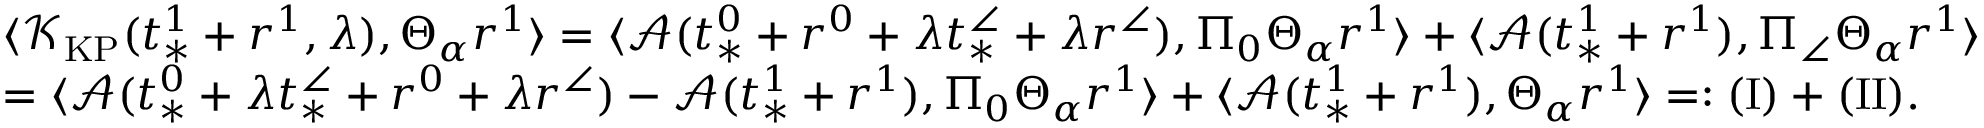
\begin{array} { r l } & { \langle \mathcal { K } _ { \mathrm { K P } } ( t _ { * } ^ { 1 } + r ^ { 1 } , \lambda ) , \Theta _ { \alpha } r ^ { 1 } \rangle = \langle \mathcal { A } ( t _ { * } ^ { 0 } + r ^ { 0 } + \lambda t _ { * } ^ { \angle } + \lambda r ^ { \angle } ) , \Pi _ { 0 } \Theta _ { \alpha } r ^ { 1 } \rangle + \langle \mathcal { A } ( t _ { * } ^ { 1 } + r ^ { 1 } ) , \Pi _ { \angle } \Theta _ { \alpha } r ^ { 1 } \rangle } \\ & { = \langle \mathcal { A } ( t _ { * } ^ { 0 } + \lambda t _ { * } ^ { \angle } + r ^ { 0 } + \lambda r ^ { \angle } ) - \mathcal { A } ( t _ { * } ^ { 1 } + r ^ { 1 } ) , \Pi _ { 0 } \Theta _ { \alpha } r ^ { 1 } \rangle + \langle \mathcal { A } ( t _ { * } ^ { 1 } + r ^ { 1 } ) , \Theta _ { \alpha } r ^ { 1 } \rangle = : \mathrm { ( I ) } + \mathrm { ( I I ) } . } \end{array}